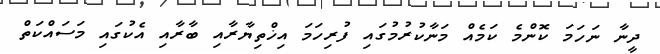
ދީނާ ނަހަމަ ކޮންމެ ކަމެއް މަނާކުރުމުގައި ފުރިހަމަ އިޚްތިޔާރާއި ބާރާއި އެކުގައި މަސައްކަތް